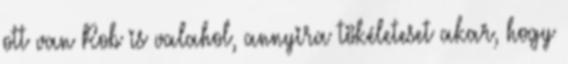
ott van Rob is valahol, annyira tökéleteset akar, hogy